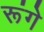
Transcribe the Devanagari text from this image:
रूंगे